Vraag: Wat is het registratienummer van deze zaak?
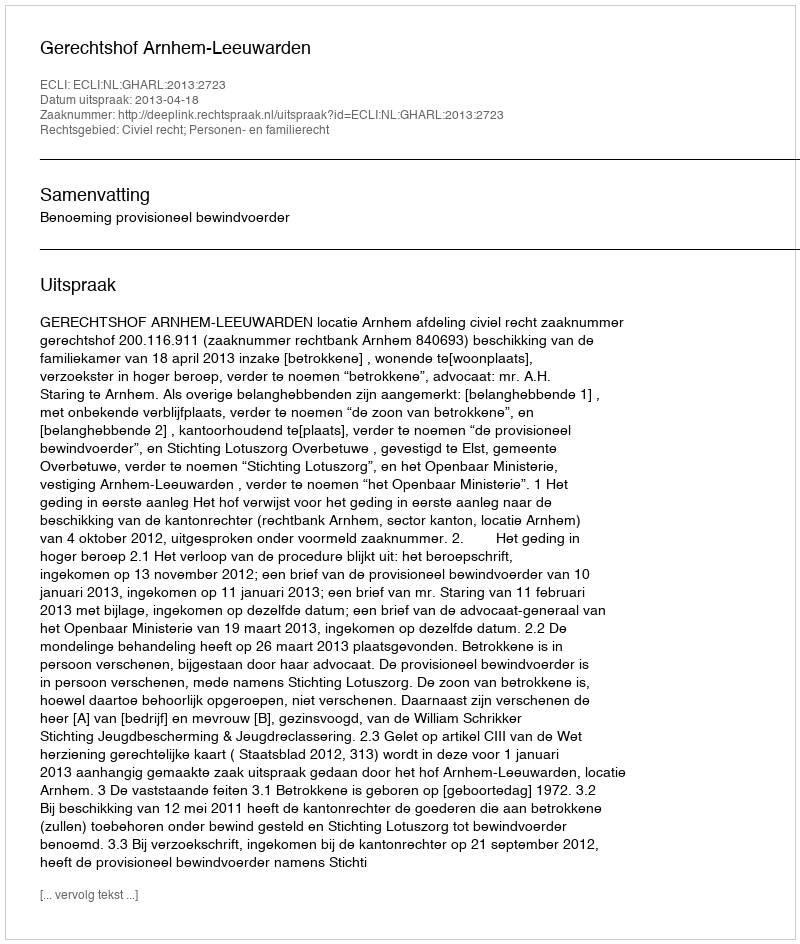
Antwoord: http://deeplink.rechtspraak.nl/uitspraak?id=ECLI:NL:GHARL:2013:2723